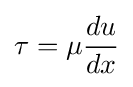
\tau =\mu {\frac {du}{dx}}